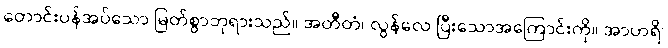
တောင်းပန်အပ်သော မြတ်စွာဘုရားသည်။ အတီတံ၊ လွန်လေ ပြီးသောအကြောင်းကို။ အာဟရိ၊